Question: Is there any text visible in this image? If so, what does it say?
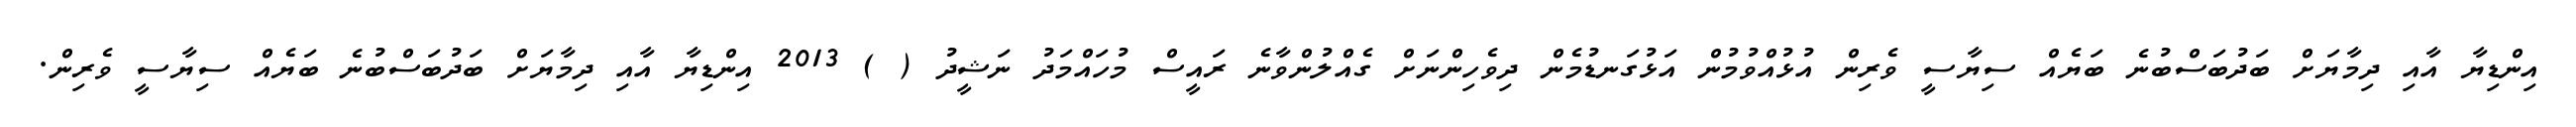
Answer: އިންޑިޔާ އާއި ދިމާޔަށް ބަދުބަސްބުނެ ބަޔެއް ސިޔާސީ ވެރިން އުޅުއްވުމުން އަޅުގަނޑުމެން ދިވެހިންނަށް ގެއްލުންވާނެ ރައީސް މުހައްމަދު ނަޝީދު ( ) 2013 އިންޑިޔާ އާއި ދިމާޔަށް ބަދުބަސްބުނެ ބަޔެއް ސިޔާސީ ވެރިން.